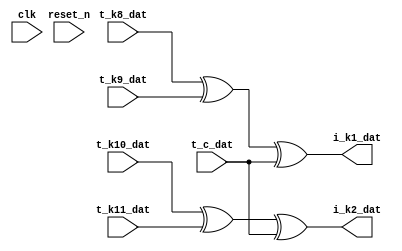
module rdp_systolic_dat_5_2 (

    input        [511:0] t_k8_dat,

    input        [511:0] t_k9_dat,

    input        [511:0] t_k10_dat,

    input        [511:0] t_k11_dat,

    input        [511:0] t_c_dat,


    output wire [511:0] i_k1_dat,

    output wire [511:0] i_k2_dat,

    input  clk, reset_n
);

// data
assign i_k1_dat = t_k8_dat ^ t_k9_dat ^ t_c_dat;
assign i_k2_dat = t_k10_dat ^ t_k11_dat ^ t_c_dat;

endmodule